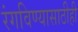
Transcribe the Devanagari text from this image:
रंगविण्यासाठीही